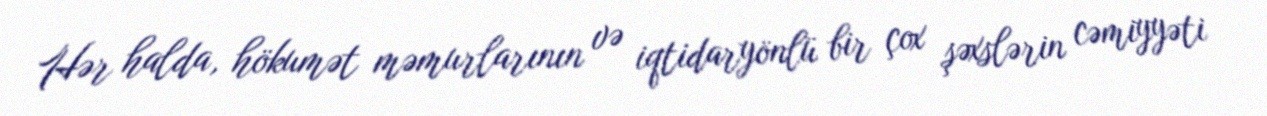
Hər halda, hökumət məmurlarının və iqtidaryönlü bir çox şəxslərin cəmiyyəti